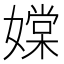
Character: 𡡢